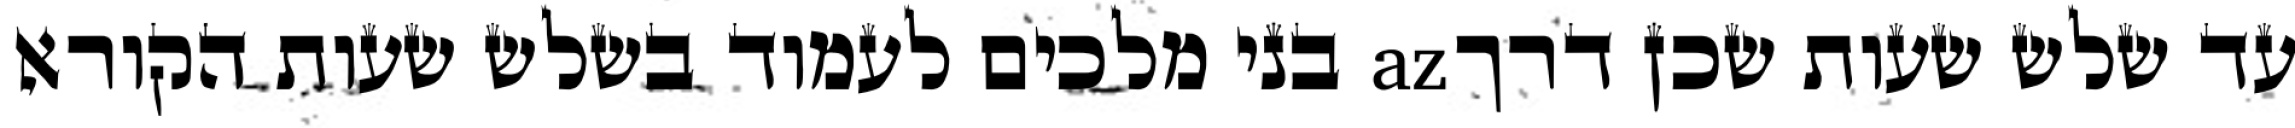
עד שלש שעות שכן דרךaz בני מלכים לעמוד בשלש שעות הקורא